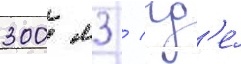
300 м3 / гд'е́